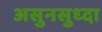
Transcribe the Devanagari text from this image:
असुनसुध्दा